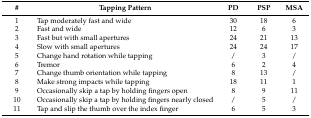
<table><thead><tr><td><b>#</b></td><td><b>Tapping Pattern</b></td><td><b>PD</b></td><td><b>PSP</b></td><td><b>MSA</b></td></tr></thead><tbody><tr><td>1</td><td>Tap moderately fast and wide</td><td>30</td><td>18</td><td>6</td></tr><tr><td>2</td><td>Fast and wide</td><td>12</td><td>6</td><td>3</td></tr><tr><td>3</td><td>Fast but with small apertures</td><td>24</td><td>21</td><td>13</td></tr><tr><td>4</td><td>Slow with small apertures</td><td>24</td><td>24</td><td>17</td></tr><tr><td>5</td><td>Change hand rotation while tapping</td><td>/</td><td>3</td><td>/</td></tr><tr><td>6</td><td>Tremor</td><td>6</td><td>2</td><td>4</td></tr><tr><td>7</td><td>Change thumb orientation while tapping</td><td>8</td><td>13</td><td>/</td></tr><tr><td>8</td><td>Make strong impacts while tapping</td><td>18</td><td>11</td><td>1</td></tr><tr><td>9</td><td>Occasionally skip a tap by holding fingers open</td><td>8</td><td>9</td><td>11</td></tr><tr><td>10</td><td>Occasionally skip a tap by holding fingers nearly closed</td><td>/</td><td>5</td><td>/</td></tr><tr><td>11</td><td>Tap and slip the thumb over the index finger</td><td>6</td><td>5</td><td>3</td></tr></tbody></table>